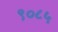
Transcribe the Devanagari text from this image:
९०८५